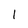
Character: l